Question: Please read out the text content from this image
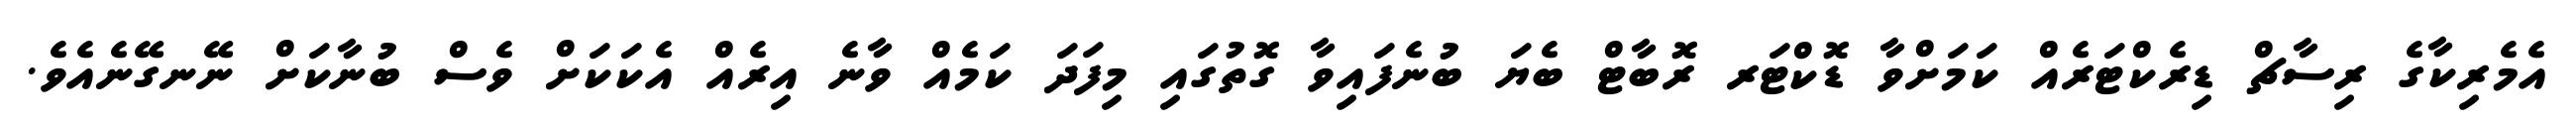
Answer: އެމެރިކާގެ ރިސާޗް ޑިރެކްޓަރެއް ކަމަށްވާ ޑޮކްޓަރ ރޮބާޓް ބެޔަ ބުނެފައިވާ ގޮތުގައި މިފަދަ ކަމެއް ވާނެ އިރެއް އެކަކަށް ވެސް ބުނާކަށް ނޭނގޭނެއެވެ.